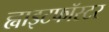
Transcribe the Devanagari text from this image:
ह्वाइटफॉस्टर